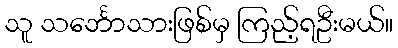
သူ သင်္ဘောသားဖြစ်မှ ကြည့်ရဦးမယ်။